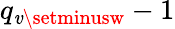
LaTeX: q_{\mathit{v}\setminusw}-1